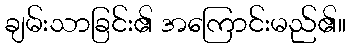
ချမ်းသာခြင်း၏ အကြောင်းမည်၏။